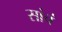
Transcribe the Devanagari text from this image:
सांचं